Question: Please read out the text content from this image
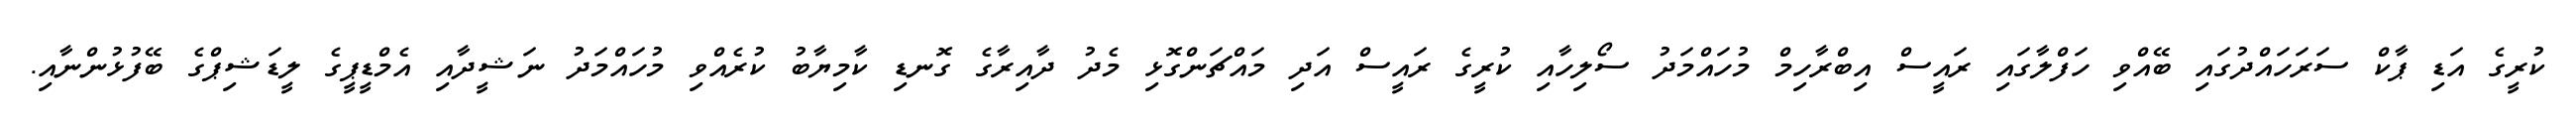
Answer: ކުރީގެ އަޑި ޕާކް ސަރަހައްދުގައި ބޭއްވި ހަފްލާގައި ރައީސް އިބްރާހިމް މުހައްމަދު ސޯލިހާއި ކުރީގެ ރައީސް އަދި މައްޗަންގޮޅި މެދު ދާއިރާގެ ގޮނޑި ކާމިޔާބު ކުރެއްވި މުހައްމަދު ނަޝީދާއި އެމްޑީޕީގެ ލީޑަޝިޕްގެ ބޭފުޅުންނާއި.